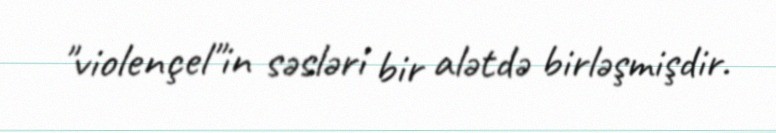
"violençel"in səsləri bir alətdə birləşmişdir.